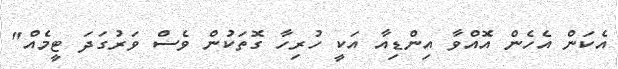
އެކަން އެހެން އޮއްވާ އިންޑިއާ އަކީ ހުރިހާ ގޮތަކުން ވެސް ވަރުގަދަ ޓީމެއް"